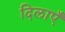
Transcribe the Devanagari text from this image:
दिलाएँ